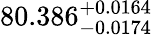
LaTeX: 80.386_{-0.0174}^{+0.0164}